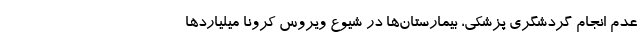
عدم انجام گردشگری پزشکی، بیمارستان‌ها در شیوع ویروس کرونا میلیاردها